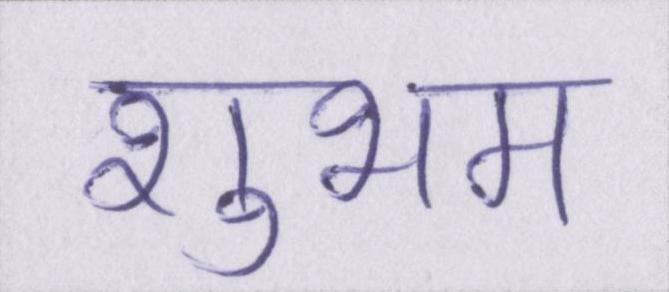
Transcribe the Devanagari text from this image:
शुभम